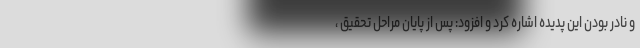
و نادر بودن این پدیده اشاره کرد و افزود: پس از پایان مراحل تحقیق ،